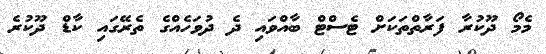
މެމޯ ދޫކުރާ ފަރާތްތަކަށް ޓެސްޓް ބާއްވައި ދެ ދުވަހެއްގެ ތެރޭގައި ކާޑް ދޫކުރެ